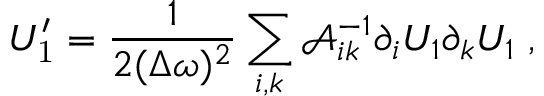
U _ { \mathrm { 1 } } ^ { \prime } = \frac { 1 } { 2 ( \Delta \omega ) ^ { 2 } } \sum _ { i , k } \mathcal { A } _ { i k } ^ { - 1 } \partial _ { i } U _ { 1 } \partial _ { k } U _ { 1 } \; ,